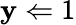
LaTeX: \mathbf{y}\Leftarrow1